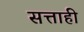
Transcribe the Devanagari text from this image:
सत्ताही